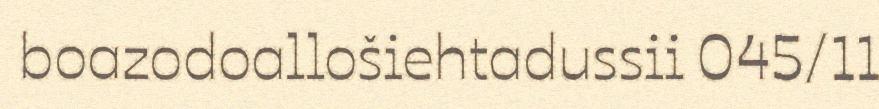
boazodoallošiehtadussii 045/11